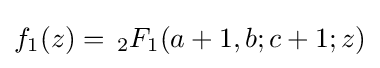
f_{1}(z)=\,_{2}F_{1}(a+1,b;c+1;z)